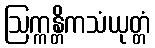
ဩက္ကန္တိကသံယုတ္တံ